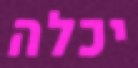
יכלה